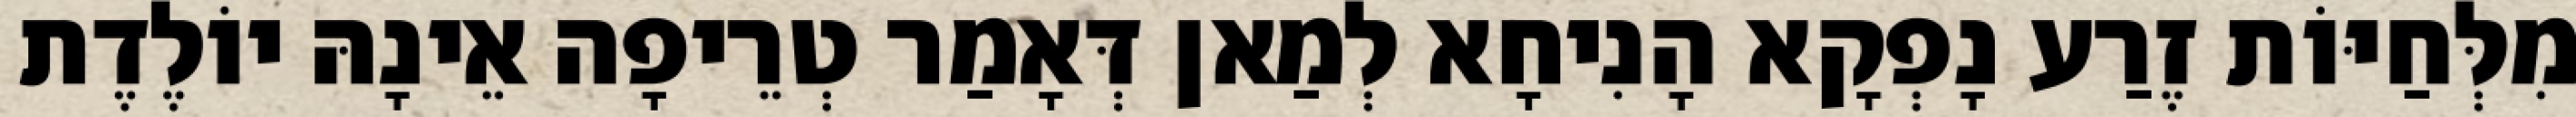
מִלְּחַיּוֹת זֶרַע נָפְקָא הָנִיחָא לְמַאן דְּאָמַר טְרֵיפָה אֵינָהּ יוֹלֶדֶת